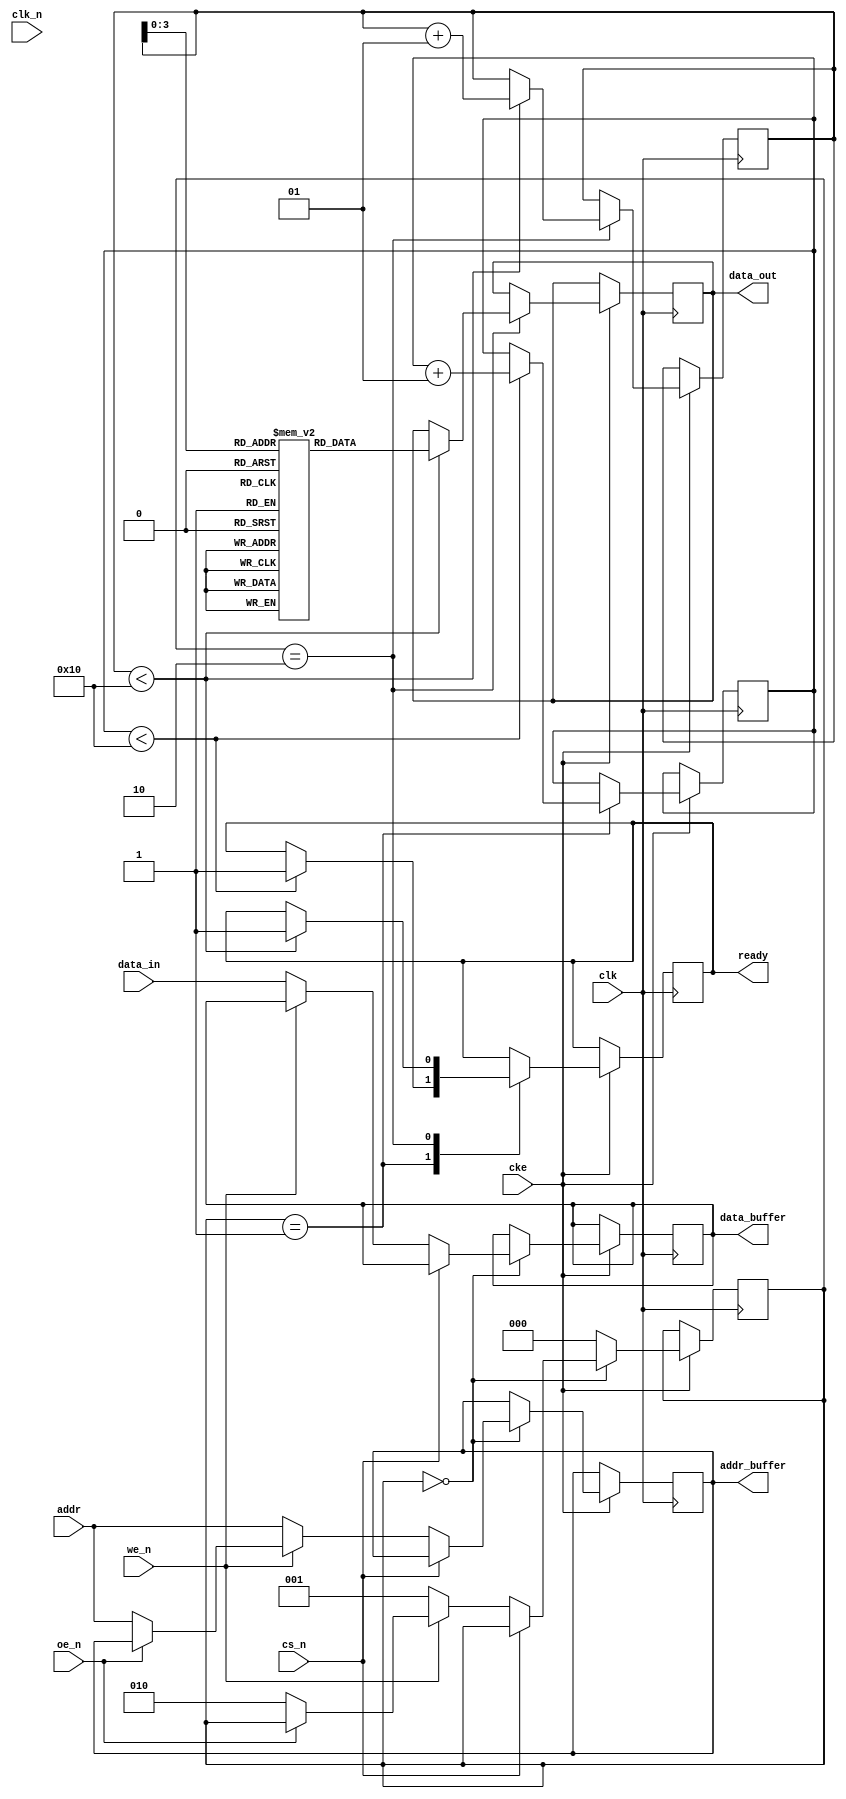
module ddr3_io_block #(
    parameter DATA_WIDTH = 32, // Can be 8, 16, or 32
    parameter ADDR_WIDTH = 15   // Address width for DDR3
)(
    input wire clk,             // Clock input
    input wire clk_n,           // Inverted clock input
    input wire cke,             // Clock enable
    input wire [ADDR_WIDTH-1:0] addr, // Address bus
    input wire [DATA_WIDTH-1:0] data_in, // Data input
    output reg [DATA_WIDTH-1:0] data_out, // Data output
    input wire we_n,            // Write enable (active low)
    input wire cs_n,            // Chip select (active low)
    input wire oe_n,            // Output enable (active low)
    output reg ready,           // Ready signal
    output reg [DATA_WIDTH-1:0] data_buffer, // Internal data buffer
    output reg [ADDR_WIDTH-1:0] addr_buffer // Internal address buffer
);

// FIFO buffers for read and write operations
reg [DATA_WIDTH-1:0] write_fifo [0:15]; // Write FIFO
reg [DATA_WIDTH-1:0] read_fifo [0:15];  // Read FIFO
integer write_pointer = 0;
integer read_pointer = 0;

// Timing parameters (for simulation purposes)
parameter tRCD = 20; // Example timing parameters
parameter tCAS = 15;
parameter tRP = 15;
parameter tWR = 10;

// Control signals
reg [2:0] state; // State machine for control logic
localparam IDLE = 3'b000, WRITE = 3'b001, READ = 3'b010;

// Power management
reg power_down;

// Main process
always @(posedge clk or negedge cke) begin
    if (!cke) begin
        power_down <= 1'b1; // Enter power down state
    end else begin
        power_down <= 1'b0; // Exit power down state
        case (state)
            IDLE: begin
                if (!cs_n) begin // Chip select active
                    if (!we_n) begin // Write operation
                        state <= WRITE;
                        data_buffer <= data_in; // Load data into buffer
                        addr_buffer <= addr; // Load address into buffer
                    end else if (!oe_n) begin // Read operation
                        state <= READ;
                        addr_buffer <= addr; // Load address into buffer
                    end
                end
            end
            
            WRITE: begin
                if (write_pointer < 16) begin
                    write_fifo[write_pointer] <= data_buffer; // Write data to FIFO
                    write_pointer <= write_pointer + 1;
                    ready <= 1'b1; // Indicate ready for next operation
                end
                state <= IDLE; // Return to idle state
            end
            
            READ: begin
                if (read_pointer < 16) begin
                    data_out <= read_fifo[read_pointer]; // Read data from FIFO
                    read_pointer <= read_pointer + 1;
                    ready <= 1'b1; // Indicate ready for next operation
                end
                state <= IDLE; // Return to idle state
            end
            
            default: state <= IDLE; // Default state
        endcase
    end
end

// Additional logic for power management, error detection, etc. can be added here

endmodule